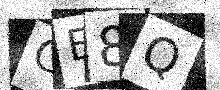
Text: GE8Q